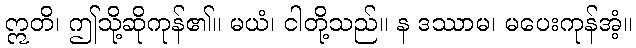
ဣတိ၊ ဤသို့ဆိုကုန်၏။ မယံ၊ ငါတို့သည်။ န ဒဿာမ၊ မပေးကုန်အံ့။